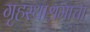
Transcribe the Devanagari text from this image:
गृहस्थाश्रमाचा